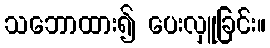
သဘောထား၍ ပေးလှူခြင်း။